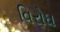
વિરોઘ